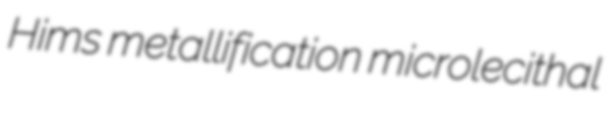
Hims metallification microlecithal